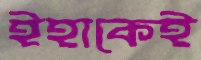
ইহাকেই